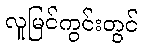
လူမြင်ကွင်းတွင်